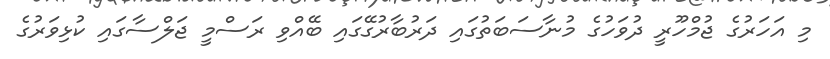
މި އަހަރުގެ ޖުމްހޫރީ ދުވަހުގެ މުނާސަބަތުގައި ދަރުބާރުގޭގައި ބޭއްވި ރަސްމީ ޖަލްސާގައި ކުޅިވަރުގެ